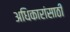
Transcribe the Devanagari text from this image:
अधिकारांसाठी